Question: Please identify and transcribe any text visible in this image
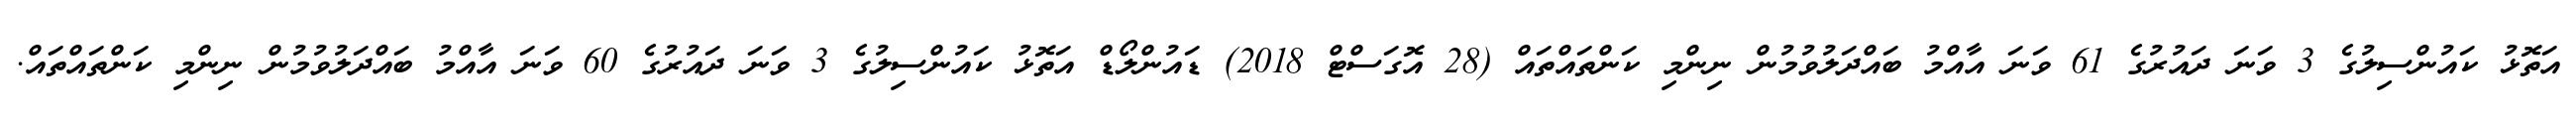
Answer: އަތޮޅު ކައުންސިލުގެ 3 ވަނަ ދައުރުގެ 61 ވަނަ އާއްމު ބައްދަލުވުމުން ނިންމި ކަންތައްތައް (28 އޮގަސްޓް 2018) ޑައުންލޯޑް އަތޮޅު ކައުންސިލުގެ 3 ވަނަ ދައުރުގެ 60 ވަނަ އާއްމު ބައްދަލުވުމުން ނިންމި ކަންތައްތައް.